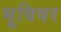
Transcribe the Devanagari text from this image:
भूविवर